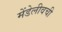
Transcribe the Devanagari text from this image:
मेंडेलीवची